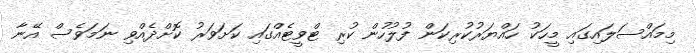
މިމައްސަލައިގައި މީހަކު ހައްޔަރުކުރިކަން ފުލުހުން ކުރި ޓްވީޓެއްގައި ކަށަވަރު ކޮށްދެއްވި ނަމަވެސް އޭނާ